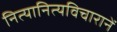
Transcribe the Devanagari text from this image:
नित्यानित्यविचारानें